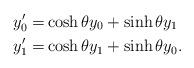
LaTeX: \begin{align*}y_0' =& \cosh \theta y_0 + \sinh\theta y_1 \\y_1' =& \cosh \theta y_1 + \sinh\theta y_0.\end{align*}